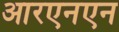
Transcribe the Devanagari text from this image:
आरएनएन